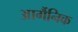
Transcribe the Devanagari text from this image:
आर्गैनिक